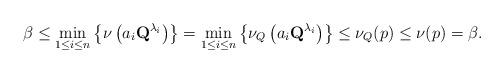
LaTeX: \begin{align*}\beta\leq \min_{1\leq i\leq n}\left\{\nu\left(a_i\textbf Q^{\lambda_i}\right)\right\}=\min_{1\leq i\leq n}\left\{\nu_Q\left(a_i\textbf Q^{\lambda_i}\right)\right\}\leq \nu_Q(p)\leq \nu(p)=\beta.\end{align*}